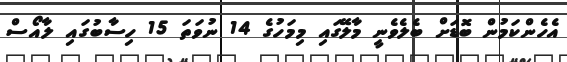
އެހެންކަމުން ބޮޑަށް ބެލެވެނީ މާލޭގައި މިމަހުގެ 14 ނުވަތަ 15 ހިސާބުގައި ލާއޯސް